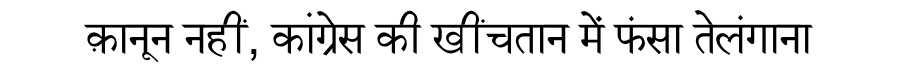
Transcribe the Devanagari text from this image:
क़ानून नहीं, कांग्रेस की खींचतान में फंसा तेलंगाना